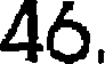
46.